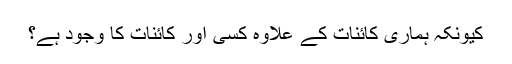
کیونکہ ہماری کائنات کے علاوہ کسی اور کائنات کا وجود ہے؟